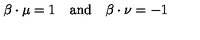
\beta \cdot \mu = 1 \quad \mathrm { a n d } \quad \beta \cdot \nu = - 1